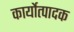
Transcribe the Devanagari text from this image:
कार्योत्पादक